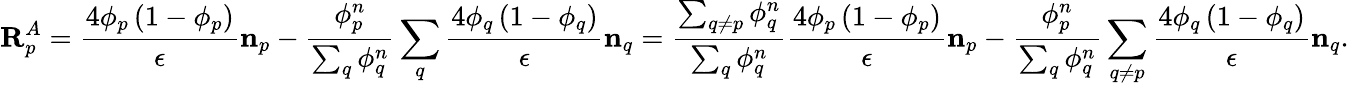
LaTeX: \mathbf{R}_{p}^{A}=\frac{4\phi_{p}\left(1-\phi_{p}\right)}{\epsilon}\mathbf{n}_{p}-\frac{\phi_{p}^{n}}{\sum_{q}\phi_{q}^{n}}\sum_{q}\frac{4\phi_{q}\left(1-\phi_{q}\right)}{\epsilon}\mathbf{n}_{q}=\frac{\sum_{q\neq p}\phi_{q}^{n}}{\sum_{q}\phi_{q}^{n}}\frac{4\phi_{p}\left(1-\phi_{p}\right)}{\epsilon}\mathbf{n}_{p}-\frac{\phi_{p}^{n}}{\sum_{q}\phi_{q}^{n}}\sum_{q\neq p}\frac{4\phi_{q}\left(1-\phi_{q}\right)}{\epsilon}\mathbf{n}_{q}.